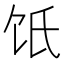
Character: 𩟾